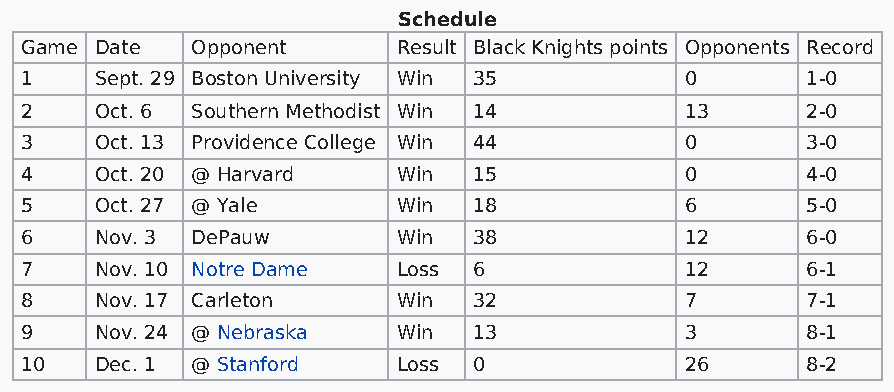
Schedule
 Game Date   Opponent     Result Black Knights points Opponents Record
 1    Sept. 29 Boston University Win 35      0       1-0
 2    Oct. 6 Southern Methodist Win 14       13      2-0
 3    Oct. 13 Providence College Win 44      0       3-0
 4    Oct. 20 @ Harvard   Win  15            0       4-0
 5    Oct. 27 @ Yale      Win  18            6       5-0
 6    Nov. 3 DePauw       Win  38            12      6-0
 7    Nov. 10 Notre Dame  Loss 6             12      6-1
 8    Nov. 17 Carleton    Win  32            7       7-1
 9    Nov. 24 @ Nebraska  Win  13            3       8-1
 10   Dec. 1 @ Stanford   Loss 0             26      8-2